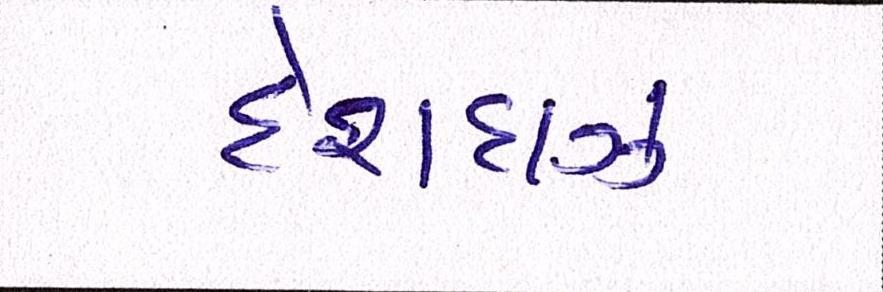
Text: દેશદાઝ